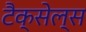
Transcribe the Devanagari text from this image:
टैक्सेल्स